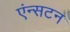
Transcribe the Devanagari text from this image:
एंन्सटन